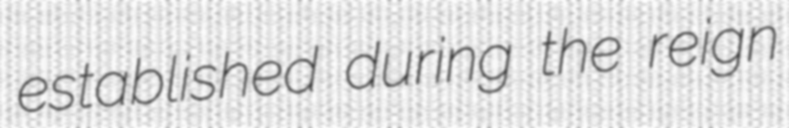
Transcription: established during the reign